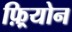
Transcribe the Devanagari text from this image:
फ़्रियोन